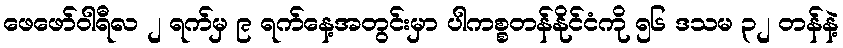
ဖေဖော်ဝါရီလ ၂ ရက်မှ ၉ ရက်နေ့အတွင်းမှာ ပါကစ္စတန်နိုင်ငံကို ၅၆ ဒသမ ၃၂ တန်နဲ့